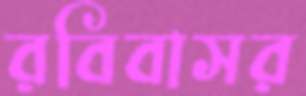
রবিবাসর